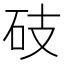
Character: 𥑂